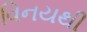
વિનયથી